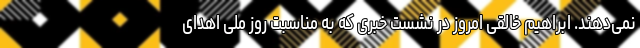
نمی‌دهند. ابراهیم خالقی امروز در نشست خبری که به مناسبت روز ملی اهدای